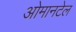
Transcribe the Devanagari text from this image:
ओमानटेल